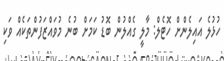
ހުޅުލެ އައިލެންށް ހޮޓެލް: މާލީ ގެއްލުން ބޮޑު ކަމަށް ބުނެ މުވައްޒަފުންތަކެއް ވަކި